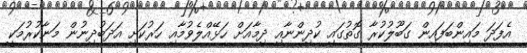
އެފަދަ މައިންބަފައިން ގަބޫލުކުރާ ގޮތުގައި ކުދިންނާއި ދިމާއަށް ހަޅޭއްލެވުމާއި ހަރުކަށި އަދަބުދިނުން މަނާކުރުމަކީ